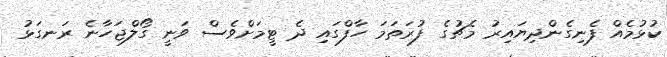
ކުޅުމެއް ފެނިގެންދިޔައިރު މެޗުގެ ފުރަތަމަ ހާފްގައި ދެ ޓީމަށްވެސް ވަނީ ގޯލްޖަހާނެ ރަނގަޅު